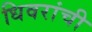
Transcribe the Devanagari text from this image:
धिवरांची